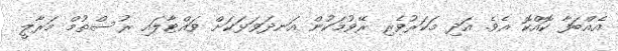
އެއްބަފާ ކޮއްކޮ އެވެ. އަދި މަކަރުވެރި ރޭވުމަކުން އަނދަވަޅަކަށް ވައްޓާލައި ރުސްތުމް މަރާލީ